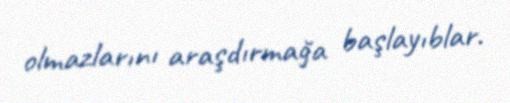
olmazlarını araşdırmağa başlayıblar.